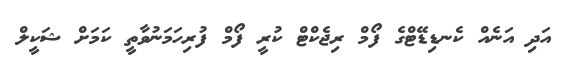
އަދި އަނެއް ކެނޑިޑޭޓްގެ ފޯމް ރިޖެކްޓް ކުރީ ފޯމް ފުރިހަމަނުވާތީ ކަމަށް ޝަކީލް